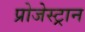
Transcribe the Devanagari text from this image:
प्रोजेस्ट्रान